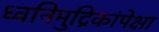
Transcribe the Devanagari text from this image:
ध्वनिमुद्रिकांपेक्षा